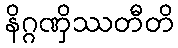
နိဂ္ဂဏှိဿတီတိ